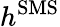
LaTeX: h^{\mathrm{SMS}}